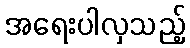
အရေးပါလှသည့်